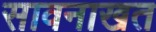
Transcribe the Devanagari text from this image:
सावनाखत